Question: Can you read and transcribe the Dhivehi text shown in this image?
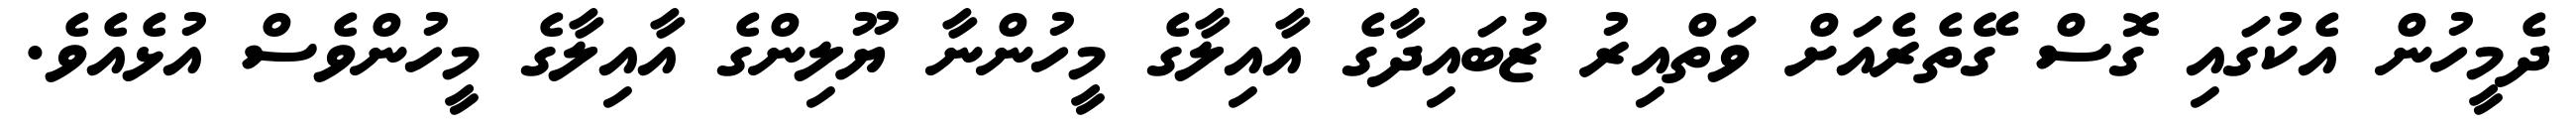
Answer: ދެމީހުން އެކުގައި ގޮސް ގޭތެރެއަށް ވަތްއިރު ޒުބައިދާގެ އާއިލާގެ މީހުންނާ ޔޫލިންގެ އާއިލާގެ މީހުންވެސް އުޅެއެވެ.